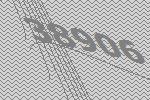
38906